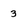
Character: 3